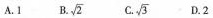
A. 1 B. \sqrt{2} C. \sqrt{3} D. 2